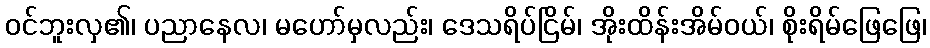
ဝင်ဘူးလှ၏၊ ပညာနေလ၊ မဟော်မှလည်း၊ ဒေသရိပ်ငြိမ်၊ အိုးထိန်းအိမ်ဝယ်၊ စိုးရိမ်ဖြေဖြေ၊